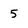
Character: 5